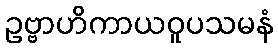
ဥဗ္ဗာဟိကာယဝူပသမနံ